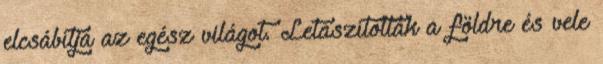
elcsábítja az egész világot. Letaszították a földre és vele